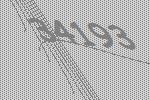
34193